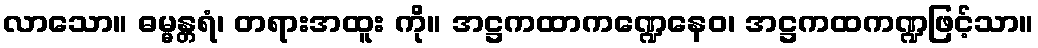
လာသော။ ဓမ္မန္တရံ၊ တရားအထူး ကို။ အဋ္ဌကထာကဏ္ဍေနေဝ၊ အဋ္ဌကထကဏ္ဍဖြင့်သာ။